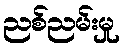
ညစ်ညမ်းမှု